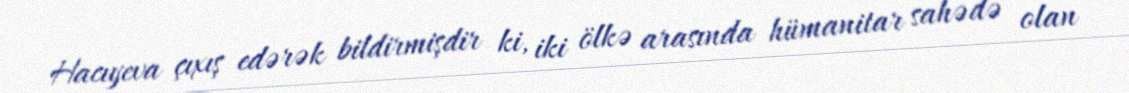
Hacıyeva çıxış edərək bildirmişdir ki, iki ölkə arasında hümanitar sahədə olan